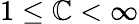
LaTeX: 1\leq\mathbb{C}<\infty